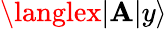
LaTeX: \langlex|\mathbf{A}|y\rangle